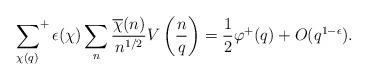
LaTeX: \begin{align*}\sideset{}{^+}\sum_{\chi (q)} \epsilon(\chi) \sum_{n} \frac{\overline{\chi}(n)}{n^{1/2}} V \left( \frac{n}{q}\right) &= \frac{1}{2}\varphi^+(q) + O(q^{1-\epsilon}).\end{align*}